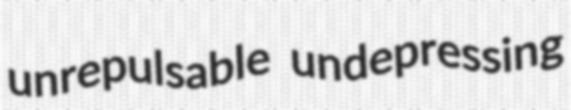
unrepulsable undepressing